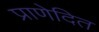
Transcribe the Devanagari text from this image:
प्राणेदित